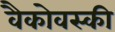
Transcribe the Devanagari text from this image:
वैकोवस्की